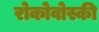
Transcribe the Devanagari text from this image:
रोकोवोस्की